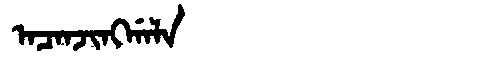
Manchu: ᠠᠴᠠᠨᠵᡳᠩᡤᠠᠯᠠ
Romanization: ACANJINGGALA